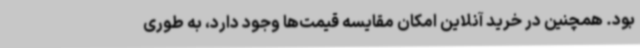
بود. همچنین در خرید آنلاین امکان مقایسه قیمت‌ها وجود دارد، به طوری